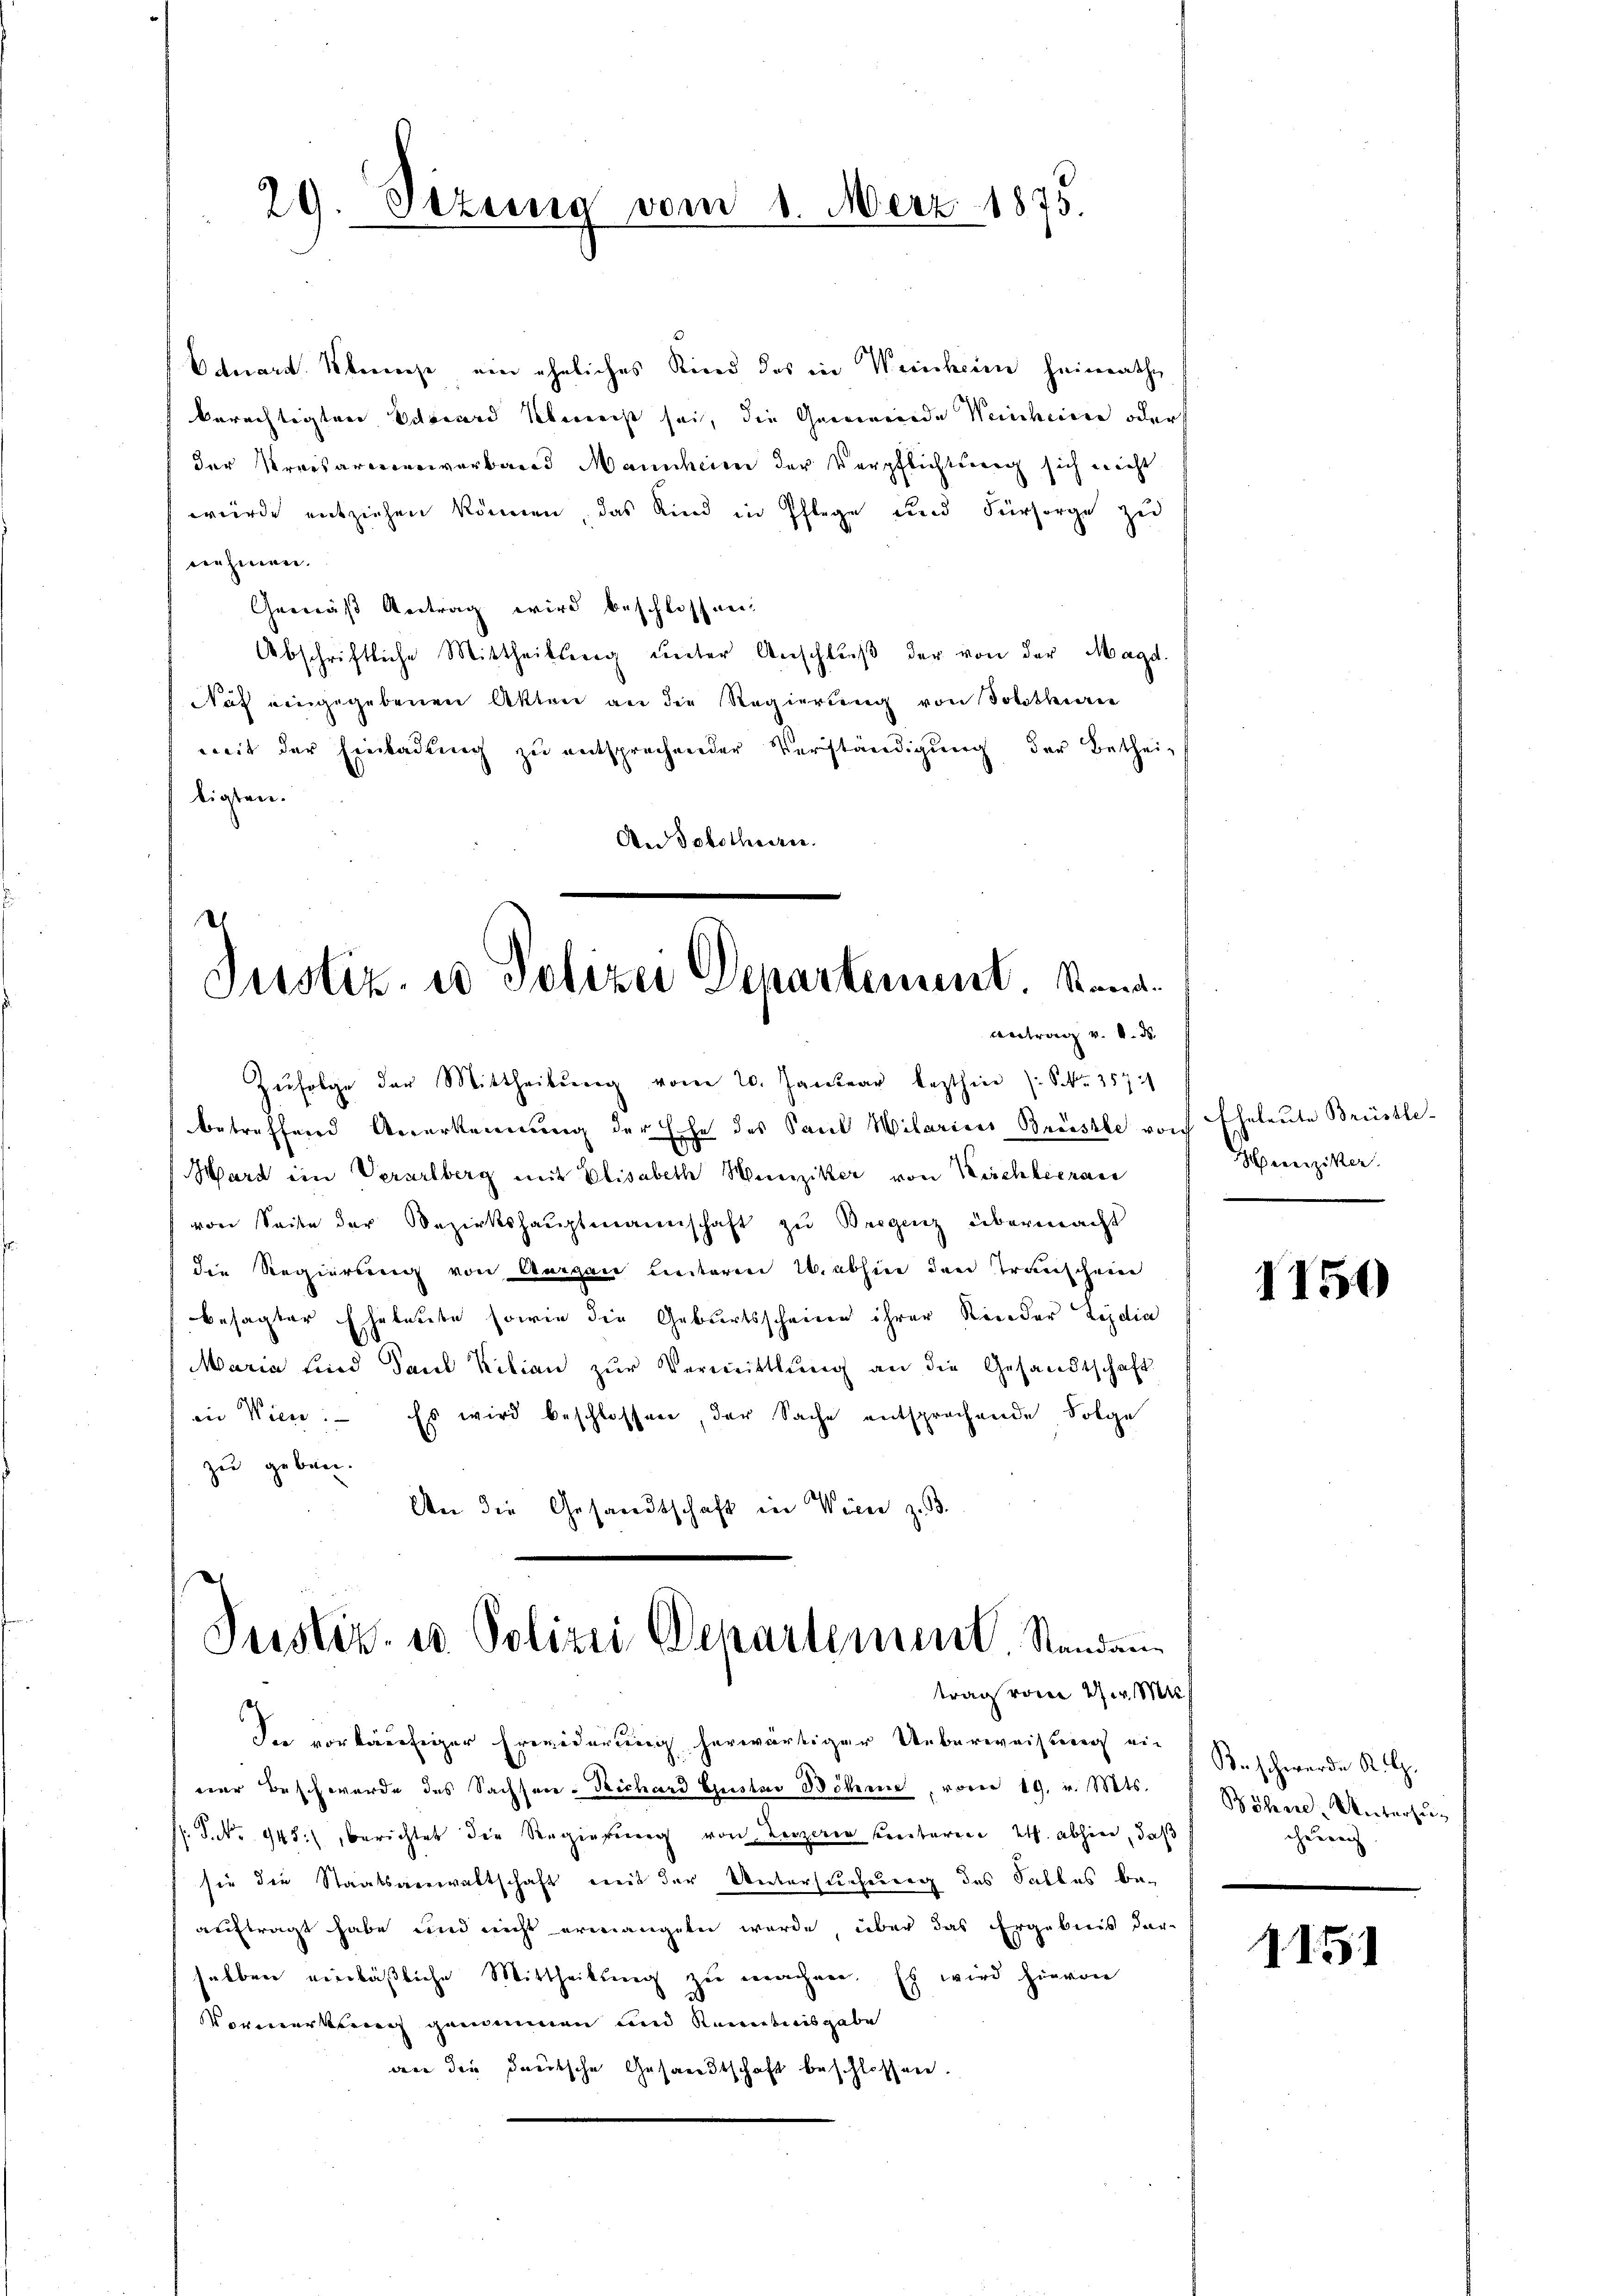
29. Sizung vom 1. März 1875.

Justiz, us Polizei Departement. Kona¬
Antrag v. 6. ds.
Zŭfolge der Mittheilŭng vom 20. Januar lezthin (S. 257

betreffend Anerkennung der Ehe des Sand Wilarices Breistle von Eheleute Brüstle-
Mard im Verarlberg mit Elisabeth Hunziker von Kirchleerac
von Seite der Bezirkshauptmannschaft zu Bergenz übermacht
die Regierung von Aargau leiteren W. abhin den Transchein
besagter Eheleute sowie die Geburtsscheinen ihrer Rieder Ledia
Maria sind Paul Kilian zŭr Vermittlung an die Gesandtschaft
in Wien. - Es wird beschlossen, der Sache entsprechende Folge
zu geben.
An die Gesandtschaft in Wien z. B.
Justiz- u. Polizei Departement. Standau
trag vom 27. M
In vorläufiger Erwiderung herwärtiger Ueberweistung ein
vier Beschwerde des Sachsene Richard Geister Böhmen, vom 19. v. Mts.
 P. Nr. 945, berichtet die Regierung von Leizeris Centaren 2. abhin, daß
sie die Staatsverwaltschaft mit der Untersuchung des Salles beauftragt habe und nicht ermangeten werde, über das Ergebnis der
halben einläβliche Mittheilŭng zŭ machen. Es wird hievon
VVormerkung genommen und Kenntnisgabe
dee die deutsche Gesandtschaft beschlossen.

Eduard. Übereche ein ähnliches Kind des in Weinheim heimathe
berechtigten Schward ebenenst sei, die Gemeinde Weinheinen oder
der Kreisarmenverband Mannheim der Verpflichtung sich nicht
wurde entziehen können, das Kind in Pflege und Fürsorge zu
nehmen.
Gemäß Antrag wird beschlossen.
Abschriftliche Mittheilberg ŭnter Anschlŭβ der von der Magd.
Nuf eingegebenen Akten an die Regierung von Solothurn
weit der Einladung zu entsprechender Verständigung der Bethei-
tigten.
An Tobotherren.

Spengester

1150

Beschwerde K. G.
Böhre Unterzucurren

1151